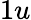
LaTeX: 1u